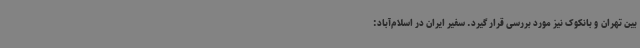
بین تهران و بانکوک نیز مورد بررسی قرار گیرد. سفیر ایران در اسلام‌آباد: